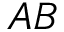
A B